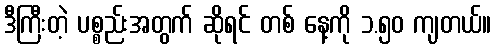
ဒီကြီးတဲ့ ပစ္စည်းအတွက် ဆိုရင် တစ် နေ့ကို ၁.၅၀ ကျတယ်။